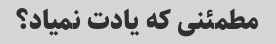
مطمئنی که یادت نمیاد؟